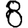
Digit: 8